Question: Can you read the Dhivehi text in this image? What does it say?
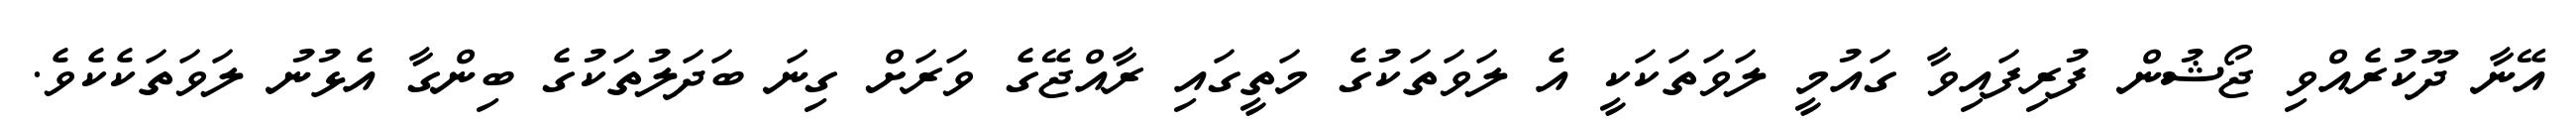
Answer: އޭނާ ދޫކުރެއްވި ޖޯޝުން ފުރިފައިވާ ގައުމީ ލަވަތަކަކީ އެ ލަވަތަކުގެ މަތީގައި ރާއްޖޭގެ ވަރަށް ގިނަ ބަދަލުތަކުގެ ބިންގާ އެޅުނު ލަވަތަކެކެވެ.